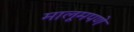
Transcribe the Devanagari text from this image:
मालूमपणे